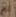
لك